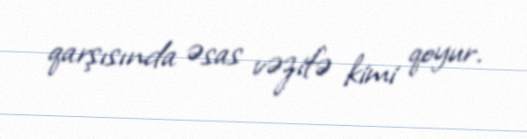
qarşısında əsas vəzifə kimi qoyur.